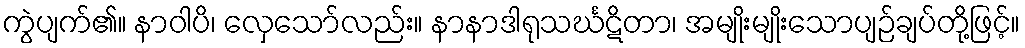
ကွဲပျက်၏။ နာဝါပိ၊ လှေသော်လည်း။ နာနာဒါရုသင်္ဃဋိတာ၊ အမျိုးမျိုးသောပျဉ်ချပ်တို့ဖြင့်။